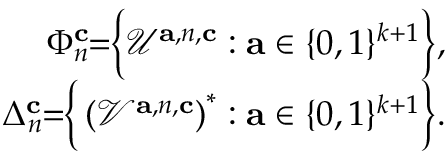
\begin{array} { r } { \Phi _ { n } ^ { \mathbf { c } } \! \! = \! \! \Big \{ \mathcal { U } ^ { \mathbf { a } , { n } , \mathbf { c } } : \mathbf { a } \in \{ 0 , 1 \} ^ { k + 1 } \Big \} , } \\ { \Delta _ { n } ^ { \mathbf { c } } \! \! = \! \! \Big \{ \left( \mathcal { V } ^ { \mathbf { a } , { n } , \mathbf { c } } \right) ^ { * } : \mathbf { a } \in \{ 0 , 1 \} ^ { k + 1 } \Big \} . } \end{array}